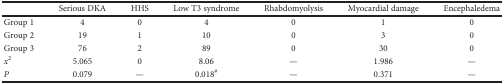
|  | Serious DKA | HHS | Low T3 syndrome | Rhabdomyolysis | Myocardial damage | Encephaledema |
 | --- | --- | --- | --- | --- | --- | --- |
 | Group 1 | 4 | 0 | 4 | 0 | 1 | 0 |
 | Group 2 | 19 | 1 | 10 | 0 | 3 | 0 |
 | Group 3 | 76 | 2 | 89 | 0 | 30 | 0 |
 | x2 | 5.065 | 0 | 8.06 | — | 1.986 | — |
 | P | 0.079 | — | 0.018# | — | 0.371 | — |